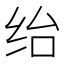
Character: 绐